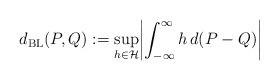
LaTeX: \begin{align*}d_{\mathrm{BL}}(P,Q) := \sup_{h \in \mathcal{H}}\biggl| \int_{-\infty}^\infty h \, d(P-Q)\biggr|\end{align*}